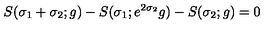
S ( \sigma _ { 1 } + \sigma _ { 2 } ; g ) - S ( \sigma _ { 1 } ; e ^ { 2 \sigma _ { 2 } } g ) - S ( \sigma _ { 2 } ; g ) = 0